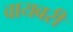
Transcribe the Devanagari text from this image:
वायबरी